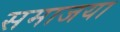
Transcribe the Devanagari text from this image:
समाजया